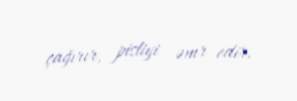
çağırır, pisliyi əmr edir.